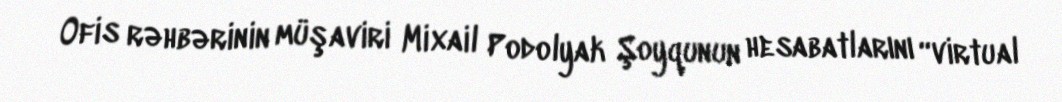
Ofis rəhbərinin müşaviri Mixail Podolyak Şoyqunun hesabatlarını “virtual